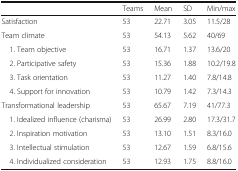
<table><thead><tr><td></td><td><b>Teams</b></td><td><b>Mean</b></td><td><b>SD</b></td><td><b>Min/max</b></td></tr></thead><tbody><tr><td>Satisfaction</td><td>53</td><td>22.71</td><td>3.05</td><td>11.5/28</td></tr><tr><td>Team climate</td><td>53</td><td>54.13</td><td>5.62</td><td>40/69</td></tr><tr><td> 1. Team objective</td><td>53</td><td>16.71</td><td>1.37</td><td>13.6/20</td></tr><tr><td> 2. Participative safety</td><td>53</td><td>15.36</td><td>1.88</td><td>10.2/19.8</td></tr><tr><td> 3. Task orientation</td><td>53</td><td>11.27</td><td>1.40</td><td>7.8/14.8</td></tr><tr><td> 4. Support for innovation</td><td>53</td><td>10.79</td><td>1.42</td><td>7.3/14.3</td></tr><tr><td>Transformational leadership</td><td>53</td><td>65.67</td><td>7.19</td><td>41/77.3</td></tr><tr><td> 1. Idealized influence (charisma)</td><td>53</td><td>26.99</td><td>2.80</td><td>17.3/31.7</td></tr><tr><td> 2. Inspiration motivation</td><td>53</td><td>13.10</td><td>1.51</td><td>8.3/16.0</td></tr><tr><td> 3. Intellectual stimulation</td><td>53</td><td>12.67</td><td>1.59</td><td>6.8/15.6</td></tr><tr><td> 4. Individualized consideration</td><td>53</td><td>12.93</td><td>1.75</td><td>8.8/16.0</td></tr></tbody></table>